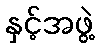
နှင့်အဖွဲ့